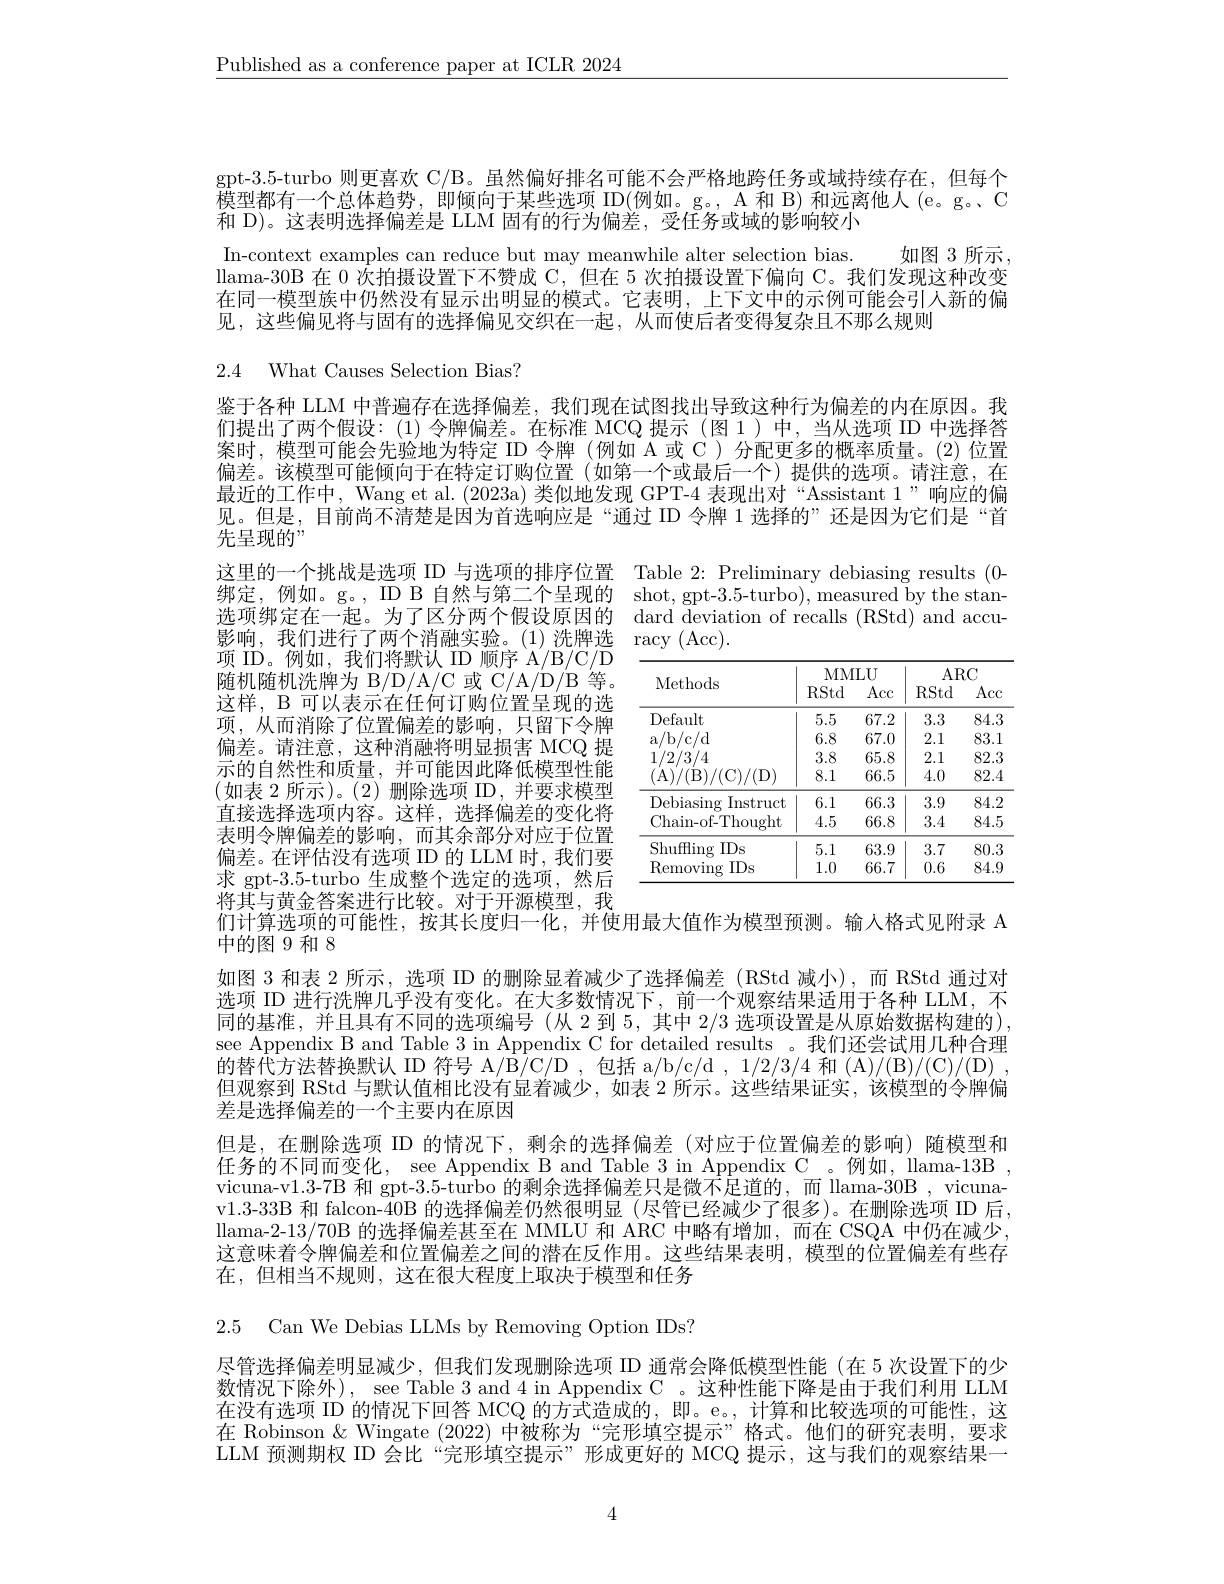
$\underline{\text{Published as a conference paper at ICLR 2024}}$

gpt-3.5-turbo 则更喜欢 C/B。虽然偏好排名可能不会严格地跨任务或域持续存在，但每个模型都有一个总体趋势，即倾向于某些选项 ID(例如。g。, A 和 B) 和远离他人 (e。g。C 和 D)。这表明选择偏差是 LLM 固有的行为偏差，受任务或域的影响较小

In-context examples can reduce but may meanwhile alter selection bias.
如图 3 所示，
llama-30B 在 0 次拍摄设置下不赞成 C, 但在 5 次拍摄设置下偏向 C。我们发现这种改变在同一模型族中仍然没有显示出明显的模式。它表明，上下文中的示例可能会引人新的偏见，这些偏见将与固有的选择偏见交织在一起，从而使后者变得复杂且不那么规则

# 2.4 What Causes Selection Bias?

鉴于各种 LLM 中普遍存在选择偏差，我们现在试图找出导致这种行为偏差的内在原因。我们提出了两个假设：(1)令牌偏差。在标准 MCQ 提示 (图 1)中，当从选项 ID 中选择答案时，模型可能会先验地为特定 ID 令牌 (例如 A 或 C)分配更多的概率质量。(2)位置偏差。该模型可能倾向于在特定订购位置(如第一个或最后一个)提供的选项。请注意，在最近的工作中，Wang et al. (2023a) 类似地发现 GPT-4 表现出对“Assistant 1”响应的偏见。但是，目前尚不清楚是因为首选响应是“通过 ID 令牌 1 选择的”还是因为它们是“首先呈现的”

这里的一个挑战是选项 ID 与选项的排序位置 Table 2: Preliminary debiasing results (0- 绑定，例如。g。, ID B 自然与第二个呈现的 shot, gpt-3.5-turbo), measured by the stan选项绑定在一起。为了区分两个假设原因的 dard deviation of recalls (RStd) and accu影响，我们进行了两个消融实验。(1)洗牌选racy ( Acc) .

项 ID。例如，我们将默认 ID 顺序 A/B/C/D 随机随机洗牌为 B/D/A/C 或 C/A/D/B 等。这样，B 可以表示在任何订购位置呈现的选项，从而消除了位置偏差的影响，只留下令牌偏差。请注意，这种消融将明显损害 MCQ 提示的自然性和质量，并可能因此降低模型性能(如表 2 所示)。(2)删除选项 ID,并要求模型直接选择选项内容。这样，选择偏差的变化将表明令牌偏差的影响，而其余部分对应于位置偏差。在评估没有选项 ID 的 LLM 时，我们要求 gpt-3.5-turbo 生成整个选定的选项，然后将其与黄金答案进行比较。对于开源模型，我们计算选项的可能性，按其长度归一化，并使用最大值作为模型预测。输入格式见附录 A
中的图 9 和 8

<table>
	<tbody>
		<tr>
			<th rowspan="2">Methods</th>
			<th colspan="2">MMLU</th>
			<th colspan="2">ARC</th>
		</tr>
		<tr>
			<th>RStd</th>
			<th>Acc</th>
			<th>RStd</th>
			<th>Acc</th>
		</tr>
		<tr>
			<td>Default</td>
			<td>5.5</td>
			<td>67.2</td>
			<td>3.3</td>
			<td>84.3</td>
		</tr>
		<tr>
			<td>a/ b/ c/ d</td>
			<td>6.8</td>
			<td>67.0</td>
			<td>2.1</td>
			<td>83.1 </td>
		</tr>
		<tr>
			<td>1/2/3/4</td>
			<td>3.8</td>
			<td>65.8</td>
			<td>2.1</td>
			<td>82.3</td>
		</tr>
		<tr>
			<td>$1/(\mathrm{D}_{,}$ 1,</td>
			<td>8.1</td>
			<td>66.5</td>
			<td>4.0</td>
			<td>82.4</td>
		</tr>
		<tr>
			<td>Debiasing Instruct</td>
			<td>6.1</td>
			<td>66.3</td>
			<td>3.9</td>
			<td>84.2</td>
		</tr>
		<tr>
			<td>Chain-of-Thought</td>
			<td>4.5</td>
			<td>66.8</td>
			<td>3.4</td>
			<td>84.5</td>
		</tr>
		<tr>
			<td>ShufHing IDs</td>
			<td>5.1</td>
			<td>63.9</td>
			<td>3.7</td>
			<td>80.3</td>
		</tr>
		<tr>
			<td>Removing IDs</td>
			<td>1.0</td>
			<td>66.7</td>
			<td>0.6</td>
			<td>84.9</td>
		</tr>
	</tbody>
</table>

如图 3 和表 2 所示，选项 ID 的删除显着减少了选择偏差 (RStd 减小),而 RStd 通过对选项 ID 进行洗牌几乎没有变化。在大多数情况下，前一个观察结果适用于各种 LLM,不同的基准，并且具有不同的选项编号(从 2 到 5,其中 2/3 选项设置是从原始数据构建的), see Appendix B and Table 3 in Appendix C for detailed results 。我们还尝试用几种合理的替代方法替换默认 ID 符号 A/B/C/D ,包括 a/b/c/d , 1/2/3/4 和 (A)/(B)/(C)/(D) , 但观察到 RStd 与默认值相比没有显着减少，如表 2 所示。这些结果证实，该模型的令牌偏差是选择偏差的一个主要内在原因
但是，在删除选项 ID 的情况下，剩余的选择偏差(对应于位置偏差的影响)随模型和任务的不同而变化，see Appendix B and Table 3 in Appendix C 。例如，llama-13B , vicuna-v1.3-7B 和 gpt-3.5-turbo 的剩余选择偏差只是微不足道的，而 llama-30B , vicunav1.3-33B 和 falcon-40B 的选择偏差仍然很明显(尽管已经减少了很多)。在删除选项 ID 后， llama-2-13/70B 的选择偏差甚至在 MMLU 和 ARC 中略有增加，而在 CSQA 中仍在减少， 这意味着令牌偏差和位置偏差之间的潜在反作用。这些结果表明，模型的位置偏差有些存在，但相当不规则，这在很大程度上取决于模型和任务

2.5 Can We Debias LLMs by Removing Option IDs?

尽管选择偏差明显减少，但我们发现删除选项 ID 通常会降低模型性能 (在 5 次设置下的少数情况下除外), see Table 3 and 4 in Appendix C 。这种性能下降是由于我们利用 LLM 在没有选项 ID 的情况下回答 MCQ 的方式造成的，即。e。, 计算和比较选项的可能性，这在 Robinson & Wingate (2022) 中被称为“完形填空提示”格式。他们的研究表明，要求LLM预测期权 ID 会比“完形填空提示”形成更好的 MCQ 提示，这与我们的观察结果一

4